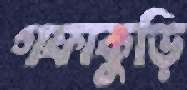
গফাকুড়ি